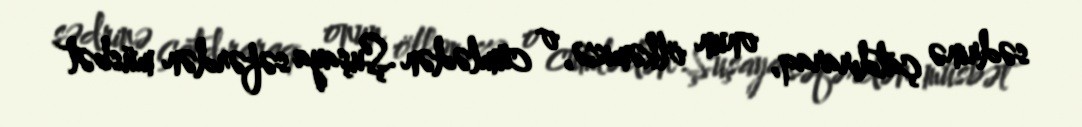
sədrinə çatdıraraq, onun ölkəmizə, o cümlədən Şuşaya səfərdən müsbət